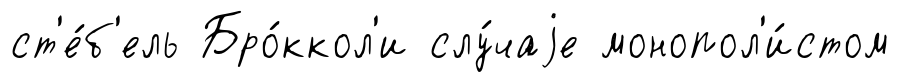
ст'е́б'ель Бро́ккол'и слу́чаjе монопол'и́стом